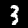
Digit: 3